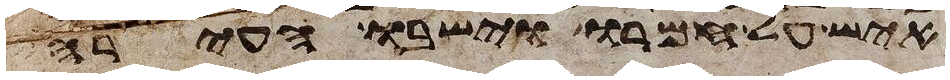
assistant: איש על חמורו וישבו העירה